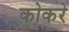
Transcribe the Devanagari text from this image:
कोकरे